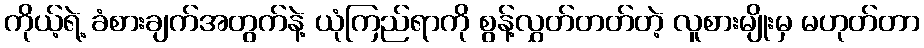
ကိုယ့်ရဲ့ ခံစားချက်အတွက်နဲ့ ယုံကြည်ရာကို စွန့်လွှတ်တတ်တဲ့ လူစားမျိုးမှ မဟုတ်တာ